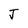
Character: J